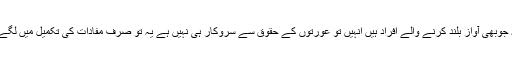
کیوں کہ یہ جوبھی آواز بلند کرنے والے افراد ہیں انہیں تو عورتوں کے حقوق سے سروکار ہی نہیں ہے یہ تو صرف مفادات کی تکمیل میں لگے ہوئے ہیں۔